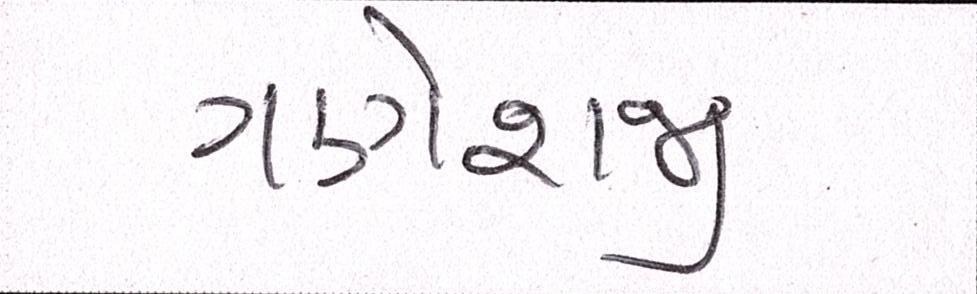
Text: ગણેશજી